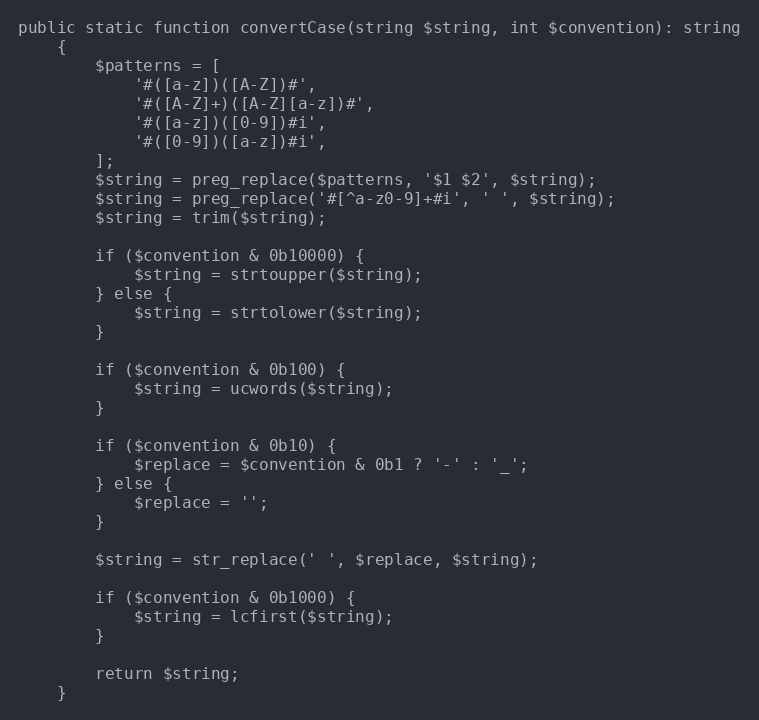
Language: PHP
public static function convertCase(string $string, int $convention): string
    {
        $patterns = [
            '#([a-z])([A-Z])#',
            '#([A-Z]+)([A-Z][a-z])#',
            '#([a-z])([0-9])#i',
            '#([0-9])([a-z])#i',
        ];
        $string = preg_replace($patterns, '$1 $2', $string);
        $string = preg_replace('#[^a-z0-9]+#i', ' ', $string);
        $string = trim($string);

        if ($convention & 0b10000) {
            $string = strtoupper($string);
        } else {
            $string = strtolower($string);
        }

        if ($convention & 0b100) {
            $string = ucwords($string);
        }

        if ($convention & 0b10) {
            $replace = $convention & 0b1 ? '-' : '_';
        } else {
            $replace = '';
        }

        $string = str_replace(' ', $replace, $string);

        if ($convention & 0b1000) {
            $string = lcfirst($string);
        }

        return $string;
    }